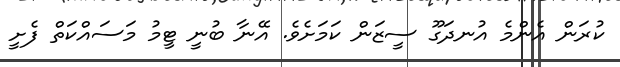
ކުރަން އެންމެ އުނދަގޫ ސީޒަން ކަމަށެވެ. އޭނާ ބުނީ ޓީމު މަސައްކަތް ފެށީ